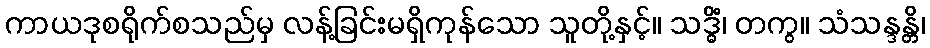
ကာယဒုစရိုက်စသည်မှ လန့်ခြင်းမရှိကုန်သော သူတို့နှင့်။ သဒ္ဓိံ၊ တကွ။ သံသန္ဒန္တိ၊